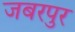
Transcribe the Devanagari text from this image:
जबरपुर